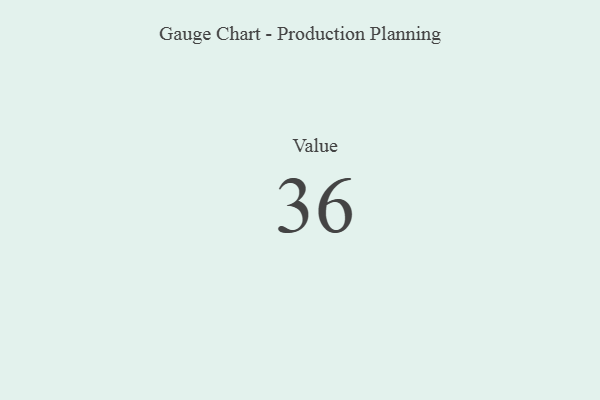
{"axis": {"x": "Metric", "y": "Value"}, "legend": [""], "data": [{"x": "Value", "y": 36, "type": ""}]}